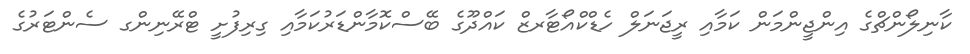
ކާނިލޯންޗްގެ އިންޖީންމަން ކަމާއި ރީޖަނަލް ހެޑްކްއޯޓާރޒް ކައްދޫގެ ބޭސްކޮމާންޑަރުކަމާއި ގިރިފުށީ ޓްރޭނިންގ ސެންޓަރުގެ